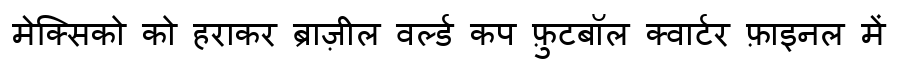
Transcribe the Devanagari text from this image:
मेक्सिको को हराकर ब्राज़ील वर्ल्ड कप फ़ुटबॉल क्वार्टर फ़ाइनल में